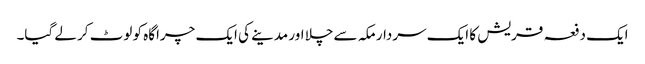
ایک دفعہ قریش کا ایک سردار مکہ سے چلا اور مدینے کی ایک چراگاہ کو لوٹ کر لے گیا۔